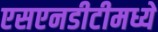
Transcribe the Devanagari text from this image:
एसएनडीटीमध्ये